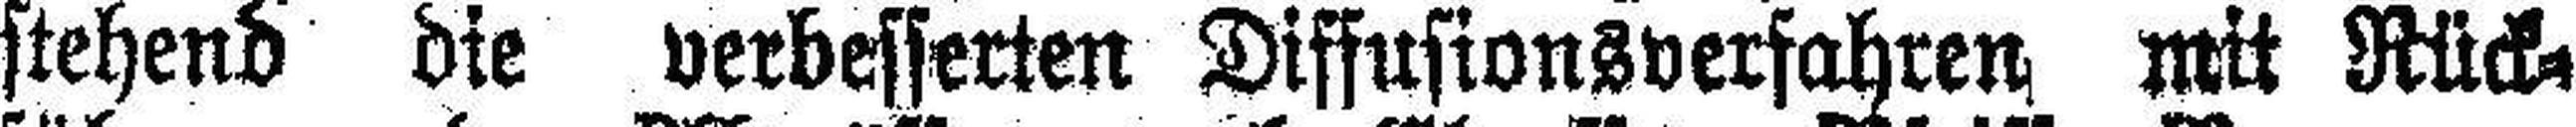
stehend die verbesserten Diffusionsverfahren mit Rück¬